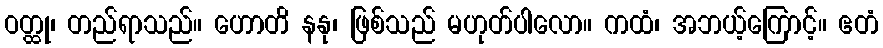
ဝတ္ထု၊ တည်ရာသည်။ ဟောတိ နနု၊ ဖြစ်သည် မဟုတ်ပါလော။ ကထံ၊ အဘယ့်ကြောင့်။ ဧတံ